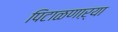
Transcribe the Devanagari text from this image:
पिटाळणाऱ्या